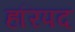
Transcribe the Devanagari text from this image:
हरिपद